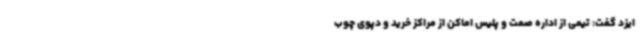
ایزد گفت: تیمی از اداره صمت و پلیس اماکن از مراکز خرید و دپوی چوب